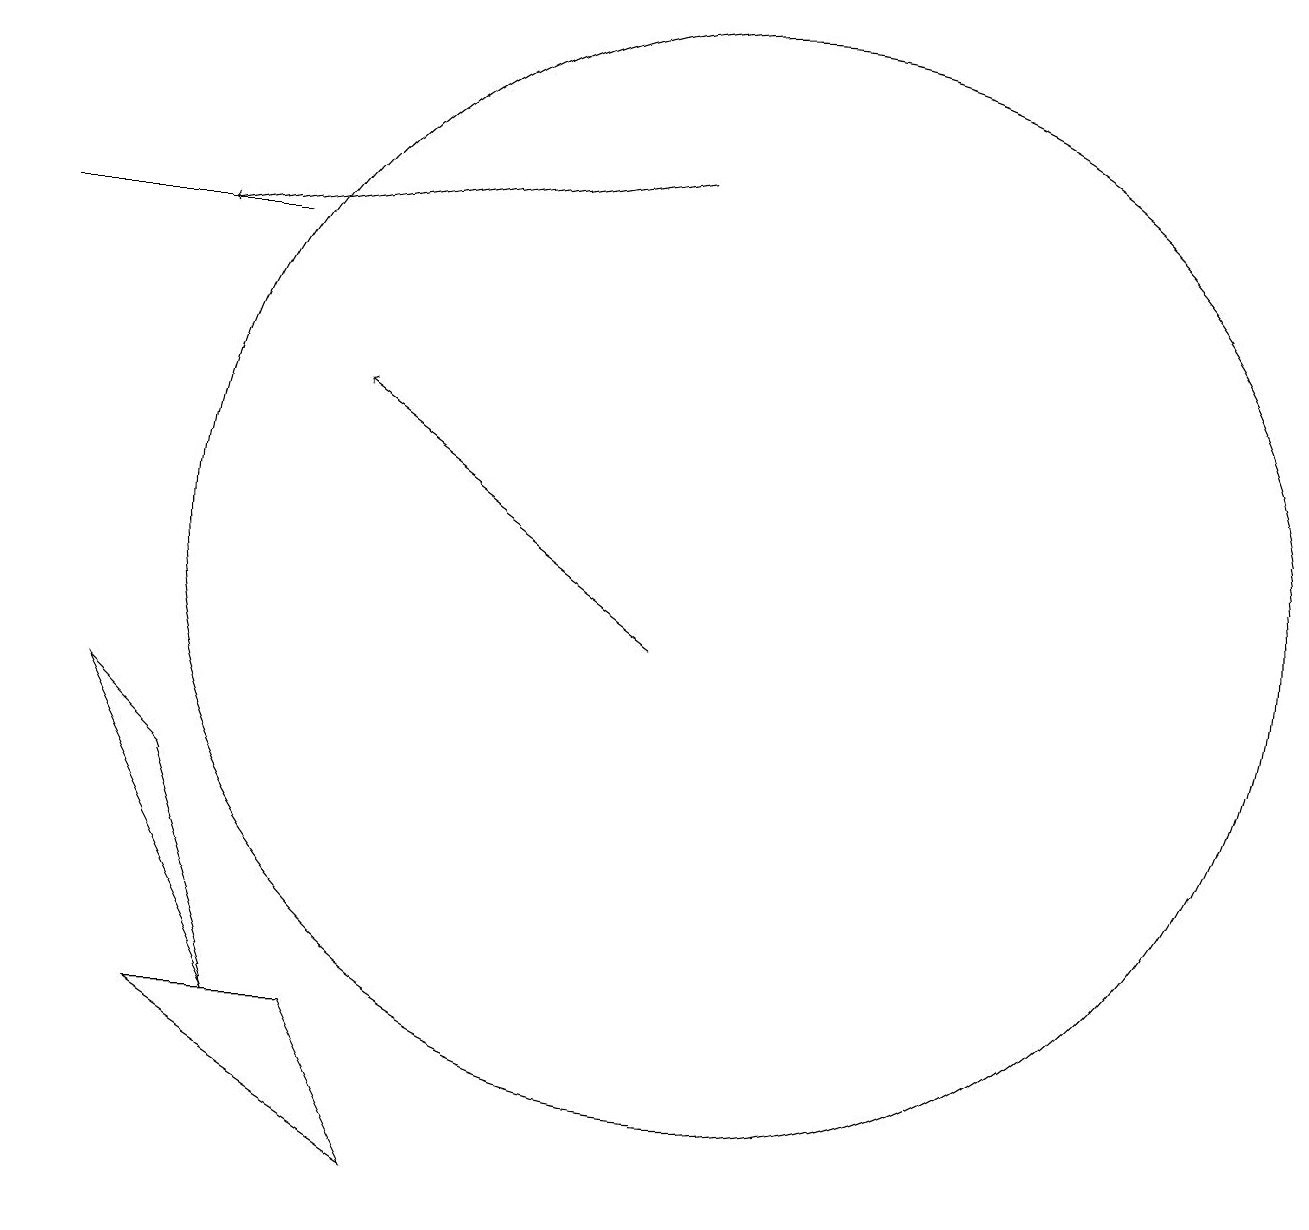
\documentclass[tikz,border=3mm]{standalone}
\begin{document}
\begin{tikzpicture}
\draw[->] (9,10) -- (5,13);
\draw (10,11) circle (7);
\draw (4,15) rectangle (1,15);
\draw (5,5) -- (6,3) -- (3,5) -- cycle;
\draw[->] (9,16) -- (3,15);
\draw (3,8) -- (4,5) -- (2,9) -- cycle;
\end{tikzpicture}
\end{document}